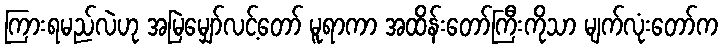
ကြားရမည်လဲဟု အမြဲမျှော်လင့်တော် မူရာကာ အထိန်းတော်ကြီးကိုသာ မျက်လုံးတော်က